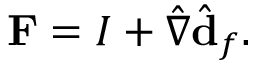
\mathbf { F } = I + \hat { \nabla } \hat { \mathbf { d } } _ { f } .